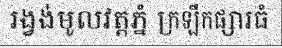
រង្វង់មូលវត្តភ្នំ ក្រឡឹកផ្សារធំ